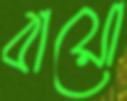
বায়ো